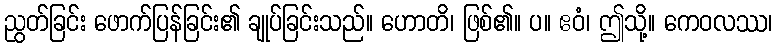
ညွတ်ခြင်း ဖောက်ပြန်ခြင်း၏ ချုပ်ခြင်းသည်။ ဟောတိ၊ ဖြစ်၏။ ပ။ ဧဝံ၊ ဤသို့။ ကေဝလဿ၊